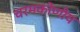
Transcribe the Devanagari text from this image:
चरमकोणीय